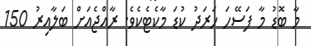
މާ ބޮޑު މާ ފަސޭހަ ހަރަދު ކުޑަ މާކެޓެކެވެ. ރާއްޖެއަށް ބަލާއިރު 150